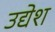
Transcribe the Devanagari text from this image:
उद्येश